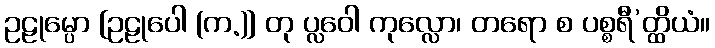
ဥဠုမ္ပော [ဥဠုပေါ (က.)] တု ပ္လဝေါ ကုလ္လော၊ တရော စ ပစ္စရီ’တ္ထိယံ။